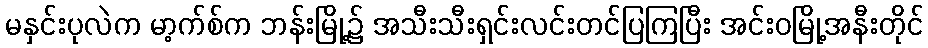
မနှင်းပုလဲက မာ့က်စ်က ဘန်းမြို့၌ အသီးသီးရှင်းလင်းတင်ပြကြပြီး အင်းဝမြို့အနီးတိုင်